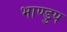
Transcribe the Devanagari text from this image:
भाण्डुप